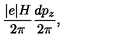
\frac { \vert e \vert H } { 2 \pi } \frac { d p _ { z } } { 2 \pi } , \nonumber